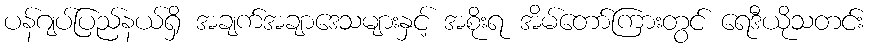
ပန်ဂျပ်ပြည်နယ်ရှိ အချက်အချာဒေသများနှင့် အစိုးရ အိမ်တော်ကြားတွင် ရေဒီယိုသတင်း